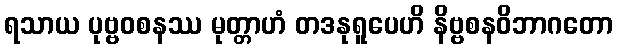
ရသာယ ပုဗ္ဗဝစနဿ မုတ္တာဟံ တဒနုရူပေဟိ နိဗ္ဗစနဝိဘာဂတော